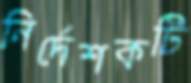
নির্দেশকটি